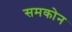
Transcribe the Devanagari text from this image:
समकोन